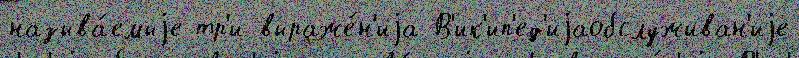
называ́емыjе тр'и выраже́н'иjа В'ик'ип'ед'иjаобслуживан'иjе